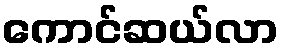
ကောင်ဆယ်လာ